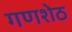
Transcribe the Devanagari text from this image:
गणशेठ